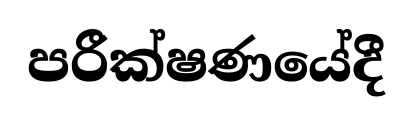
පරීක්ෂණයේදී